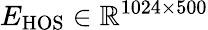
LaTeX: E_{\mathrm{HOS}}\in\mathbb{R}^{1024\times 500}